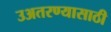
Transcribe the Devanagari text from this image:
उअतरण्यासाठी